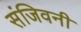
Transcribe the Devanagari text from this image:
संजिवनी